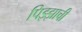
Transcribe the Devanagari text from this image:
पिझ्झाची